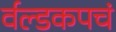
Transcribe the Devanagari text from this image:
र्वल्डकपचं